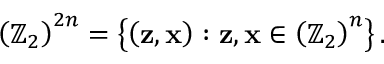
\left( \mathbb { Z } _ { 2 } \right) ^ { 2 n } = \left\{ \left( \mathbf { z , x } \right) : \mathbf { z } , \mathbf { x } \in \left( \mathbb { Z } _ { 2 } \right) ^ { n } \right\} .